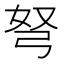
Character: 弩